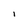
Character: 1